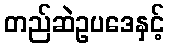
တည်ဆဲဥပဒေနှင့်